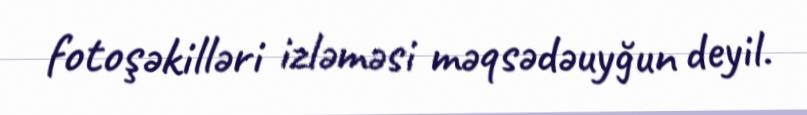
fotoşəkilləri izləməsi məqsədəuyğun deyil.